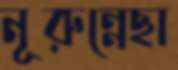
নূরুন্নেছা